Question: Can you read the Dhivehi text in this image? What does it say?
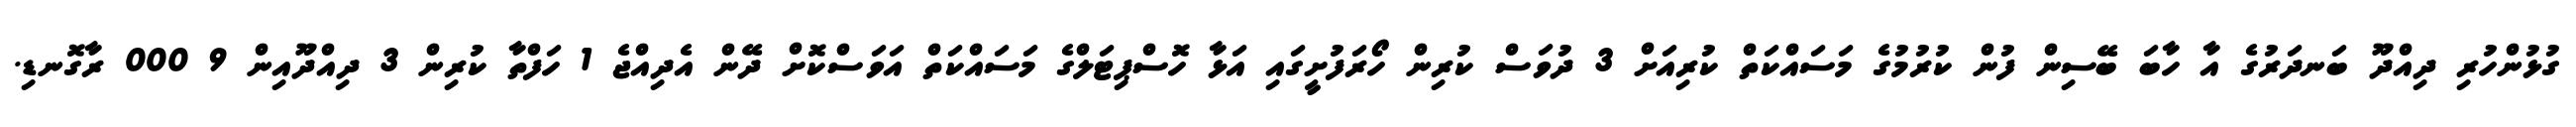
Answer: ގުޅުންހުރި ދިއްދޫ ބަނދަރުގެ އާ ހާބަ ބޭސިން ފުން ކުރުމުގެ މަސައްކަތް ކުރިއަށް 3 ދުވަސް ކުރިން ހޯރަފުށީގައި އަޅާ ހޮސްޕިޓަލްގެ މަސައްކަތް އަވަސްކޮށް ދޭން އެދިއްޖެ 1 ހަފްތާ ކުރިން 3 ދިއްދޫއިން 9 000 ރާގޮނޑި.